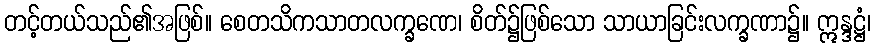
တင့်တယ်သည်၏အဖြစ်။ စေတသိကသာတလက္ခဏေ၊ စိတ်၌ဖြစ်သော သာယာခြင်းလက္ခဏာ၌။ ဣန္ဒဋ္ဌံ၊